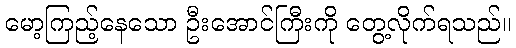
မော့ကြည့်နေသော ဦးအောင်ကြီးကို တွေ့လိုက်ရသည်။